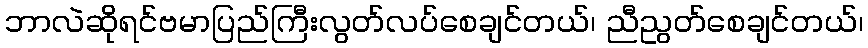
ဘာလဲဆိုရင်ဗမာပြည်ကြီးလွတ်လပ်စေချင်တယ်၊ ညီညွတ်စေချင်တယ်၊